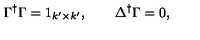
\Gamma ^ { \dag } \Gamma = 1 _ { k ^ { \prime } \times k ^ { \prime } } , \qquad \Delta ^ { \dag } \Gamma = 0 ,